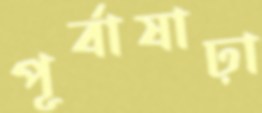
পূর্বাষাঢ়া